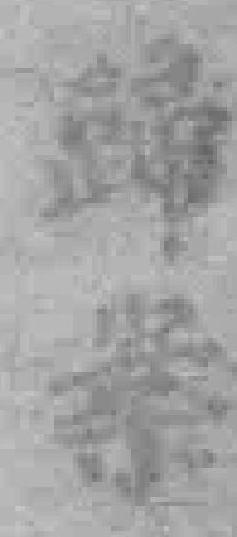
歸案